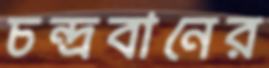
চন্দ্রবানের